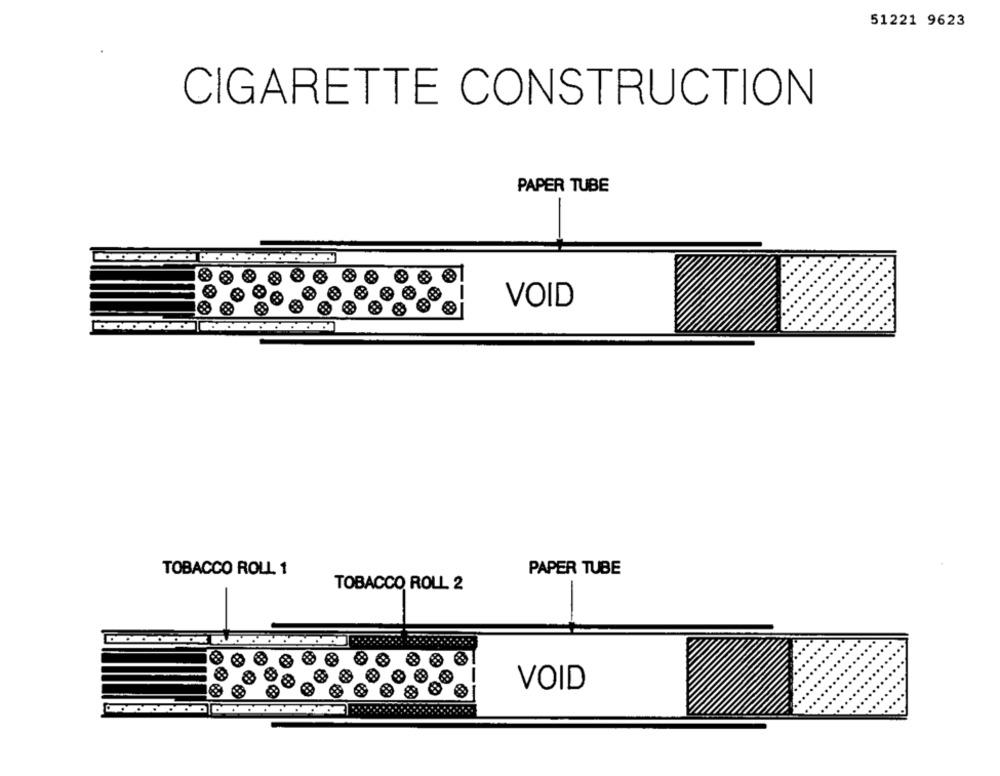
51221 9623
CIGARETTE CONSTRUCTION
PAPER TUBE
-
VOID
TOBACCO ROLL 1
PAPER TUBE
TOBACCO ROLL 2
VOID